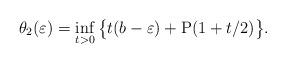
LaTeX: \begin{align*}\theta_2(\varepsilon) = \inf_{t> 0}\big\{t(b - \varepsilon) + \mathrm{P}(1+t/2)\big\}.\end{align*}